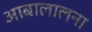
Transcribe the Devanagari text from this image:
आबालालना